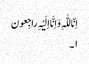
اِنّا للّٰہِ وَ اِنَّا اِلَیْہِ راجِعون
١۔